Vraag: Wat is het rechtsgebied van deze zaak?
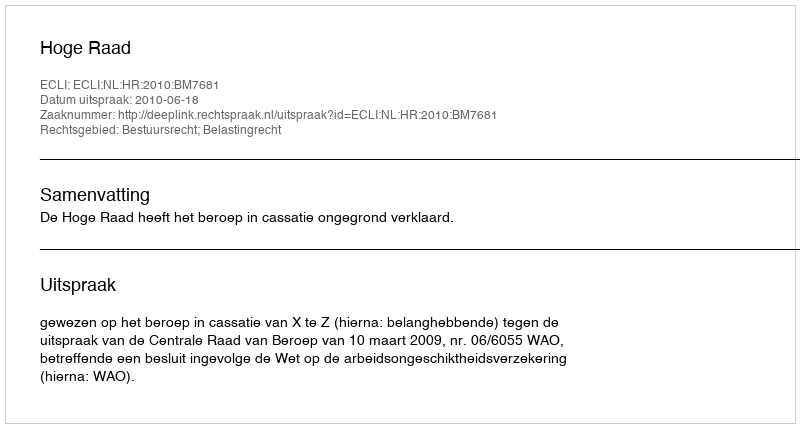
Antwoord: Bestuursrecht; Belastingrecht